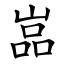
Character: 嵓